Senior Leaving Certificate Examination (including Day School Certificate (Higher) General paper), 1946
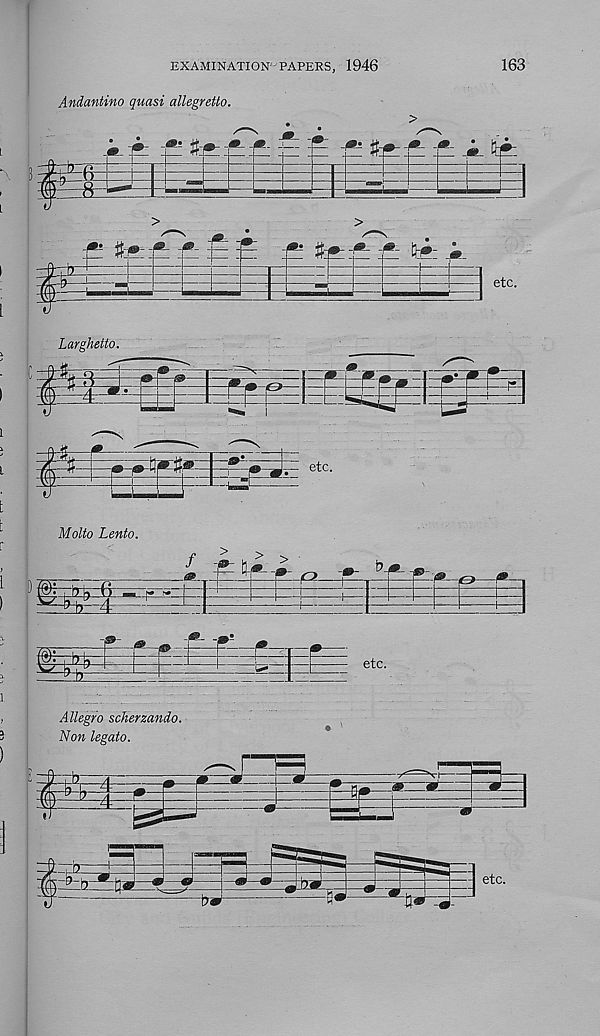
EXAMINATION PAPERS, 1946
163
Andantino quasi allegretto.
m
m
r=8
i
4=-
: 5®
etc.
Larghetto.
4
i:--: -|
3^ etc.
Mo/fo Lento.
etc.
Allegro scherzando.
Non legato.
:±E
SBH-.4-
zwlz.&: